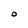
Character: O